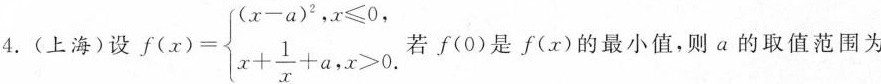
4. ( 上海 ) 设 $$f ( x ) = \begin{cases} ( x - a ) ^ { 2 } , x \leq 0， \\ x + \frac { 1 } { x } + a , x > 0. \end{matrix}$$ 若 f( 0 ) 是 f( x )的最小值 , 则 a 的取值范围为